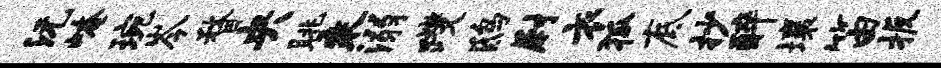
沅崦琬岑瞀央眺乘溺躞鸱尉衣狐底抄醉壤笛扳